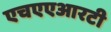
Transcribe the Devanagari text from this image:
एचएएआरटी